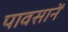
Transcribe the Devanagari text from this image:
पावसानें